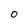
Character: 0